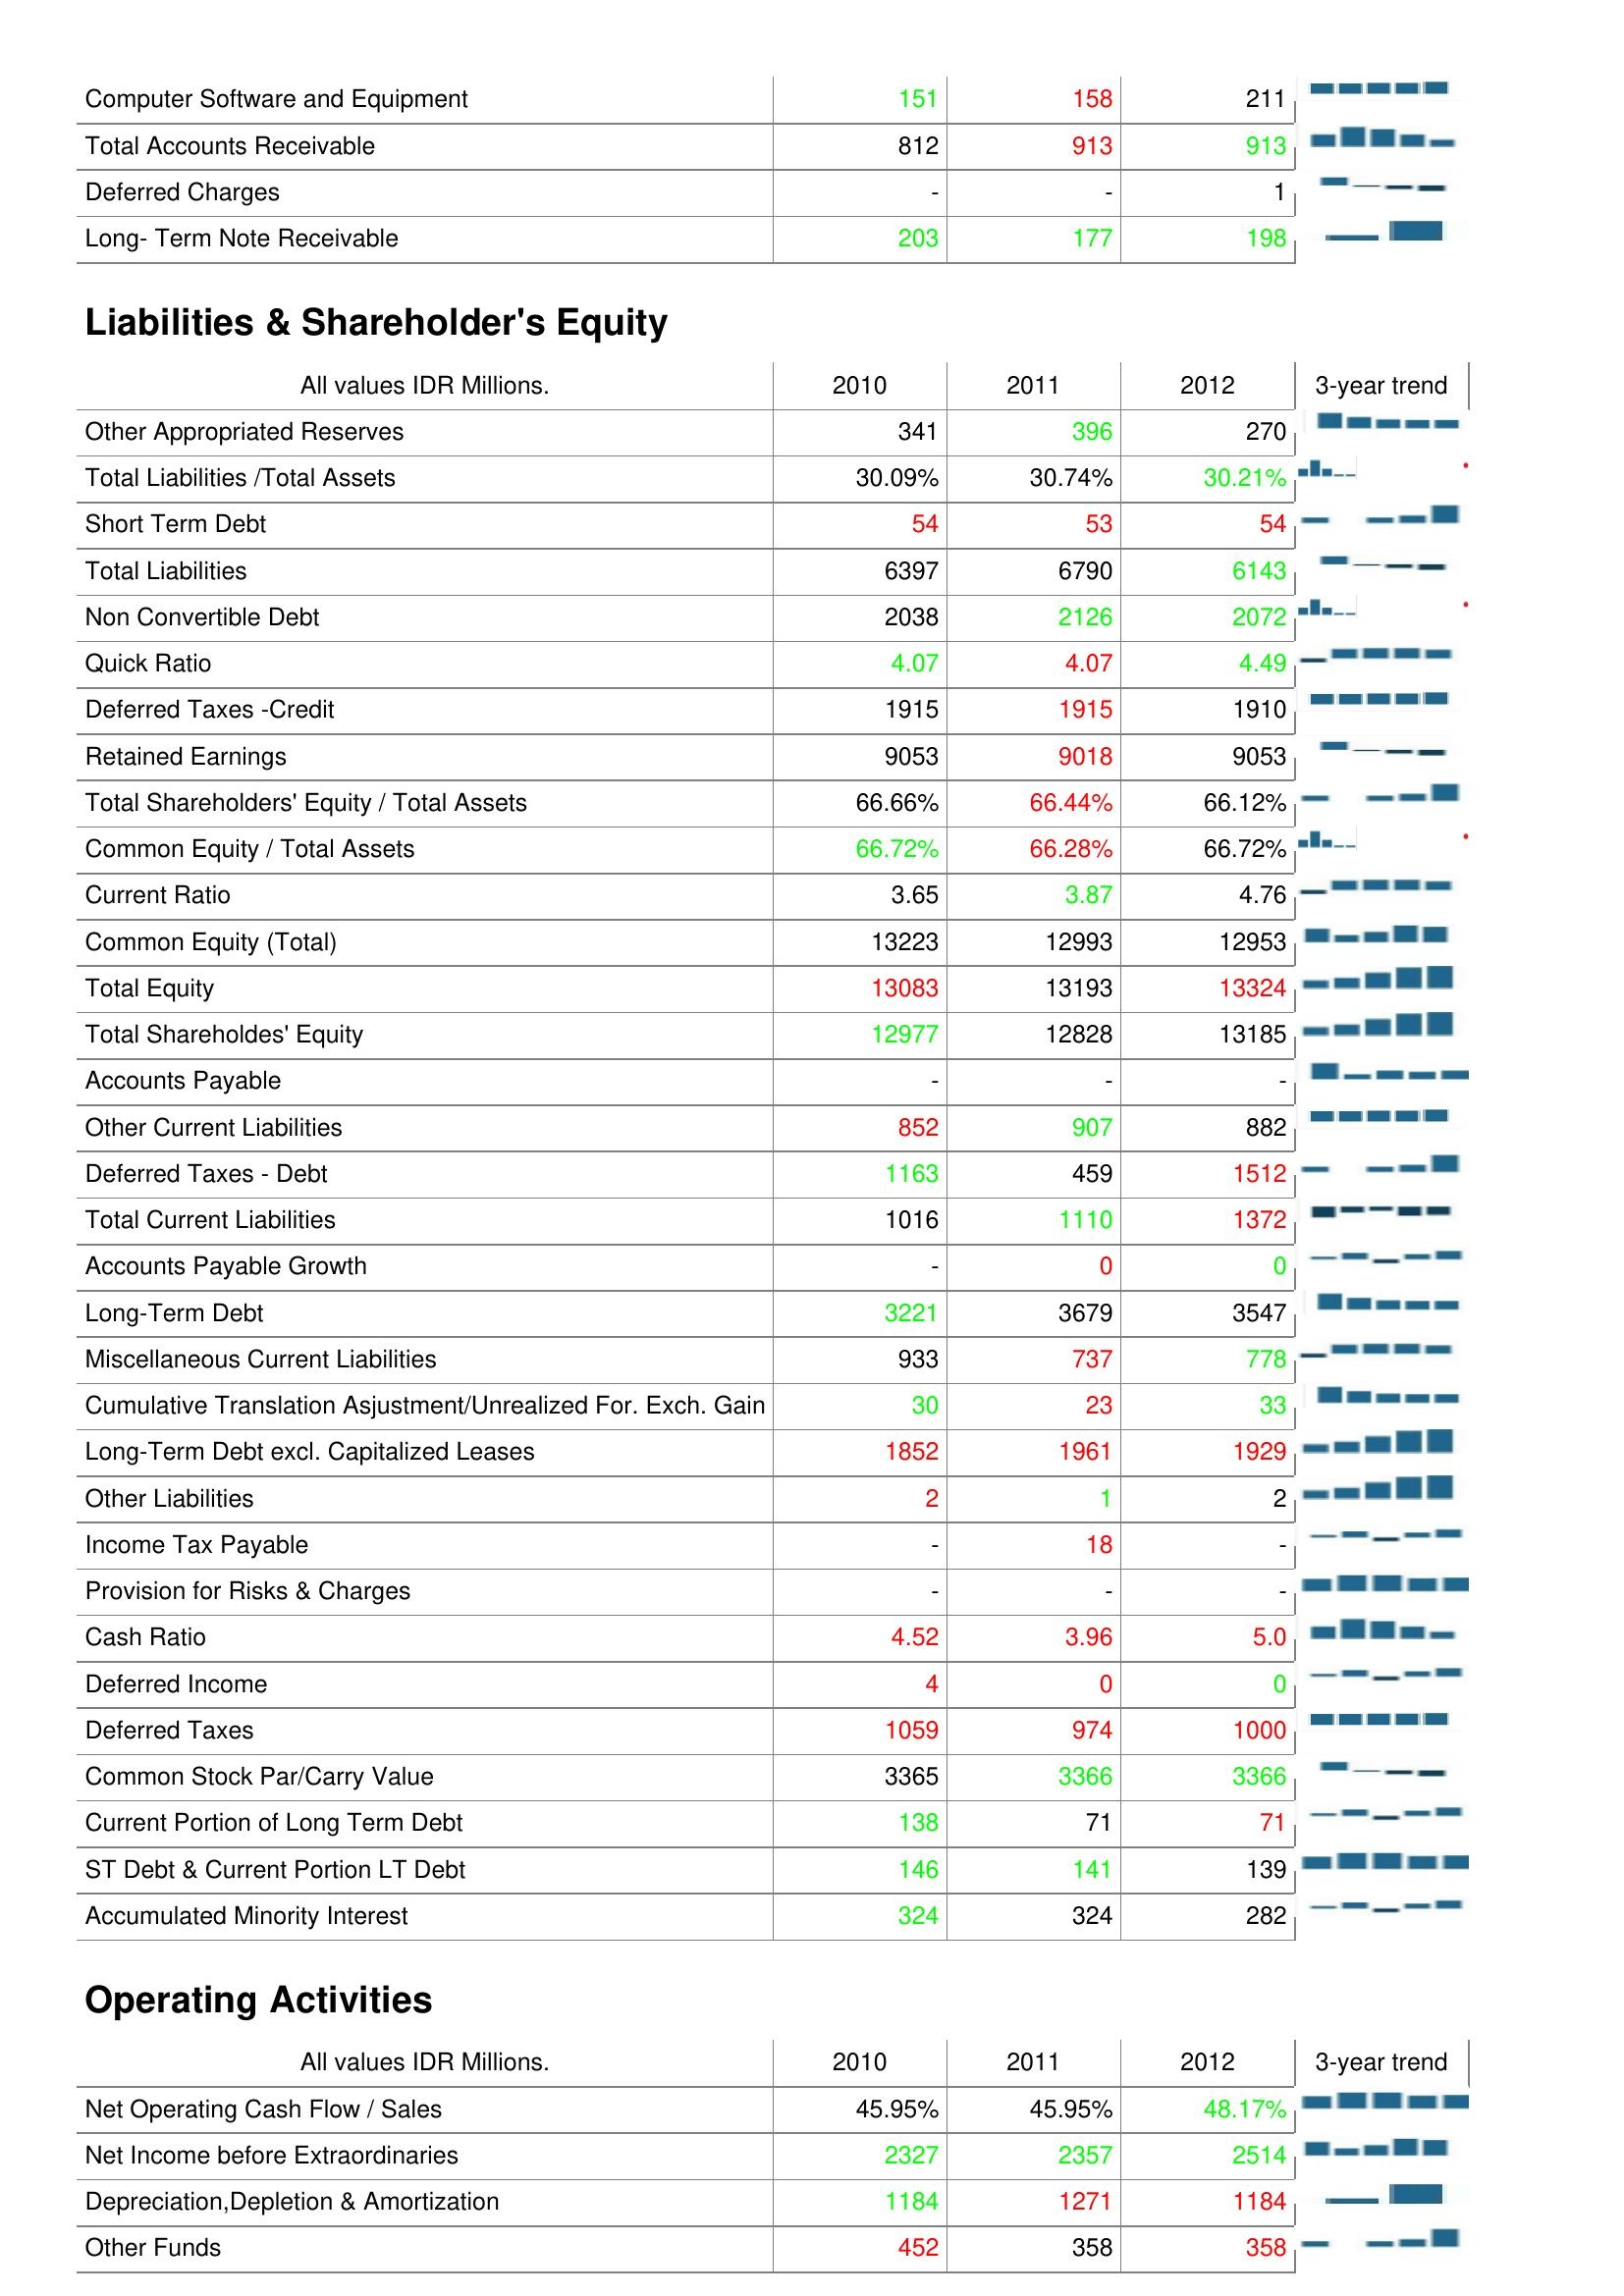
2010: Assets: Computer Software and Equipment: 151
Total Accounts Receivable: 812
Deferred Charges: -
Long- Term Note Receivable: 203
Liabilities & Shareholder's Equity: Other Appropriated Reserves: 341
Total Liabilities /Total Assets: 30.09%
Short Term Debt: 54
Total Liabilities: 6397
Non Convertible Debt: 2038
Quick Ratio: 4.07
Deferred Taxes -Credit: 1915
Retained Earnings: 9053
Total Shareholders' Equity / Total Assets: 66.66%
Common Equity / Total Assets: 66.72%
Current Ratio: 3.65
Common Equity (Total): 13223
Total Equity: 13083
Total Shareholdes' Equity: 12977
Accounts Payable: -
Other Current Liabilities: 852
Deferred Taxes - Debt: 1163
Total Current Liabilities: 1016
Accounts Payable Growth: -
Long-Term Debt: 3221
Miscellaneous Current Liabilities: 933
Cumulative Translation Asjustment/Unrealized For. Exch. Gain: 30
Long-Term Debt excl. Capitalized Leases: 1852
Other Liabilities: 2
Income Tax Payable: -
Provision for Risks & Charges: -
Cash Ratio: 4.52
Deferred Income: 4
Deferred Taxes: 1059
Common Stock Par/Carry Value: 3365
Current Portion of Long Term Debt: 138
ST Debt & Current Portion LT Debt: 146
Accumulated Minority Interest: 324
Operating Activities: Net Operating Cash Flow / Sales: 45.95%
Net Income before Extraordinaries: 2327
Depreciation,Depletion & Amortization: 1184
Other Funds: 452
2011: Assets: Computer Software and Equipment: 158
Total Accounts Receivable: 913
Deferred Charges: -
Long- Term Note Receivable: 177
Liabilities & Shareholder's Equity: Other Appropriated Reserves: 396
Total Liabilities /Total Assets: 30.74%
Short Term Debt: 53
Total Liabilities: 6790
Non Convertible Debt: 2126
Quick Ratio: 4.07
Deferred Taxes -Credit: 1915
Retained Earnings: 9018
Total Shareholders' Equity / Total Assets: 66.44%
Common Equity / Total Assets: 66.28%
Current Ratio: 3.87
Common Equity (Total): 12993
Total Equity: 13193
Total Shareholdes' Equity: 12828
Accounts Payable: -
Other Current Liabilities: 907
Deferred Taxes - Debt: 459
Total Current Liabilities: 1110
Accounts Payable Growth: 0
Long-Term Debt: 3679
Miscellaneous Current Liabilities: 737
Cumulative Translation Asjustment/Unrealized For. Exch. Gain: 23
Long-Term Debt excl. Capitalized Leases: 1961
Other Liabilities: 1
Income Tax Payable: 18
Provision for Risks & Charges: -
Cash Ratio: 3.96
Deferred Income: 0
Deferred Taxes: 974
Common Stock Par/Carry Value: 3366
Current Portion of Long Term Debt: 71
ST Debt & Current Portion LT Debt: 141
Accumulated Minority Interest: 324
Operating Activities: Net Operating Cash Flow / Sales: 45.95%
Net Income before Extraordinaries: 2357
Depreciation,Depletion & Amortization: 1271
Other Funds: 358
2012: Assets: Computer Software and Equipment: 211
Total Accounts Receivable: 913
Deferred Charges: 1
Long- Term Note Receivable: 198
Liabilities & Shareholder's Equity: Other Appropriated Reserves: 270
Total Liabilities /Total Assets: 30.21%
Short Term Debt: 54
Total Liabilities: 6143
Non Convertible Debt: 2072
Quick Ratio: 4.49
Deferred Taxes -Credit: 1910
Retained Earnings: 9053
Total Shareholders' Equity / Total Assets: 66.12%
Common Equity / Total Assets: 66.72%
Current Ratio: 4.76
Common Equity (Total): 12953
Total Equity: 13324
Total Shareholdes' Equity: 13185
Accounts Payable: -
Other Current Liabilities: 882
Deferred Taxes - Debt: 1512
Total Current Liabilities: 1372
Accounts Payable Growth: 0
Long-Term Debt: 3547
Miscellaneous Current Liabilities: 778
Cumulative Translation Asjustment/Unrealized For. Exch. Gain: 33
Long-Term Debt excl. Capitalized Leases: 1929
Other Liabilities: 2
Income Tax Payable: -
Provision for Risks & Charges: -
Cash Ratio: 5.0
Deferred Income: 0
Deferred Taxes: 1000
Common Stock Par/Carry Value: 3366
Current Portion of Long Term Debt: 71
ST Debt & Current Portion LT Debt: 139
Accumulated Minority Interest: 282
Operating Activities: Net Operating Cash Flow / Sales: 48.17%
Net Income before Extraordinaries: 2514
Depreciation,Depletion & Amortization: 1184
Other Funds: 358